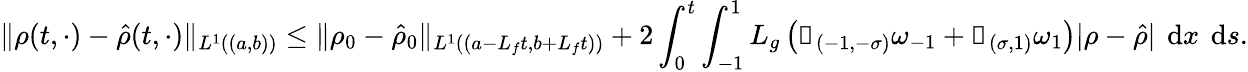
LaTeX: \| \rho(t,\cdot)-\hat{\rho}(t,\cdot)\| _{L^{1}((a,b))}\leq\| \rho_{0}-\hat{\rho}_{0}\| _{L^{1}((a-L_{f}t,b+L_{f}t))}+2\int_{0}^{t}\int_{-1}^{1}L_{g}\left(\mathbb{1}_{(-1,-\sigma)}\omega_{-1}+\mathbb{1}_{(\sigma,1)}\omega_{1}\right)|\rho-\hat{\rho}|\textrm{\, d}x\textrm{\, d}s.